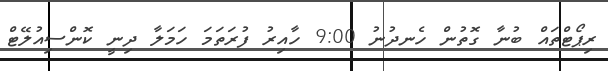
ރިޕޯޓްތައް ބުނާ ގޮތުން ހެނދުނު 9:00 ހާއިރު ފުރަތަމަ ހަމަލާ ދިނީ ކޮންސިއުލޭޓް